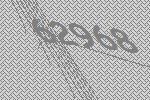
62968